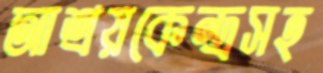
আশ্রয়কেন্দ্রসহ